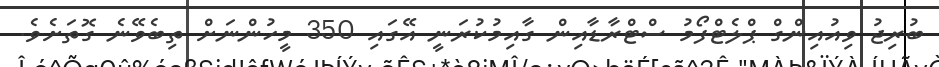
ބުރިޖު ވިއުއިންގް ޕްލެޓްފޯމު ސްޓްރާޑާއިން ގާއިމުކުރަނީ އޭގައި 350 މީހުންނަށް ތިބެވޭނެ ގޮތަށެވެ.